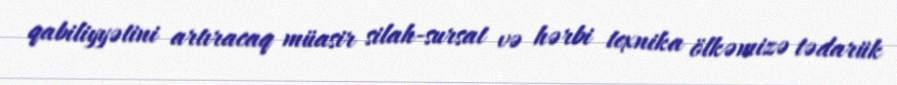
qabiliyyətini artıracaq müasir silah-sursat və hərbi texnika ölkəmizə tədarük